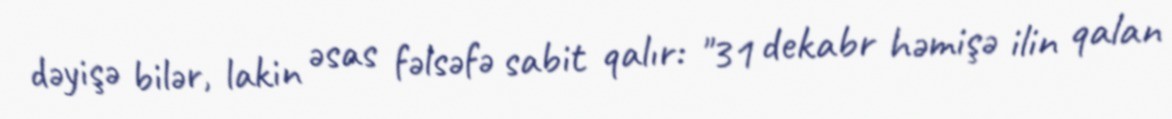
dəyişə bilər, lakin əsas fəlsəfə sabit qalır: "31 dekabr həmişə ilin qalan